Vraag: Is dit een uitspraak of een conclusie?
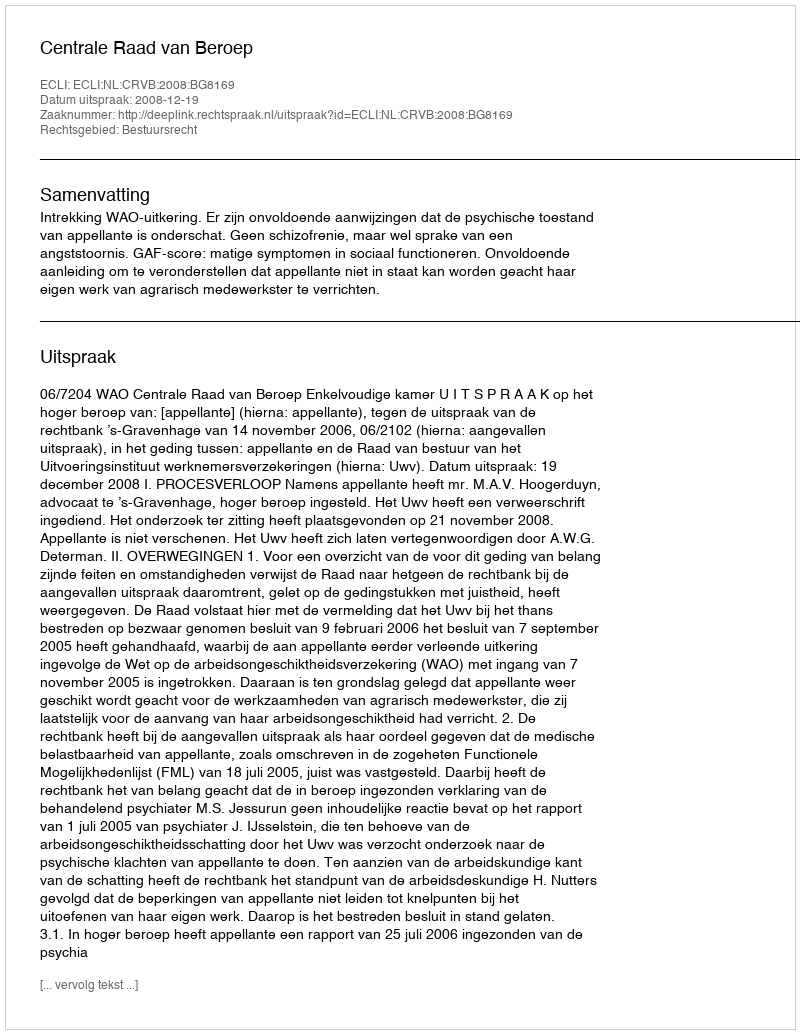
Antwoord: Uitspraak